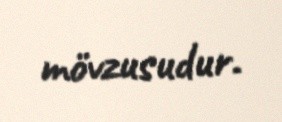
mövzusudur.